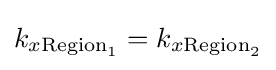
k_{x{\text{Region}}_{1}}=k_{x{\text{Region}}_{2}}